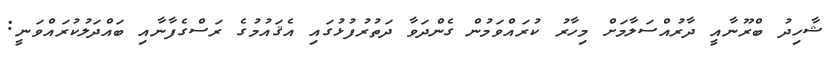
ޝާހިދު ބްރޫނާއީ ދާރުއްސަލާމަށް މިހާރު ކުރައްވަމުން ގެންދަވާ ދަތުރުފުޅުގައި އެޤައުމުގެ ރަސްގެފާނާއި ބައްދަލުކުރައްވަނީ: